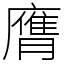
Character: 膺